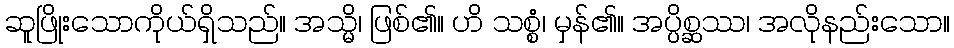
ဆူဖြိုးသောကိုယ်ရှိသည်။ အသ္မိ၊ ဖြစ်၏။ ဟိ သစ္စံ၊ မှန်၏။ အပ္ပိစ္ဆဿ၊ အလိုနည်းသော။